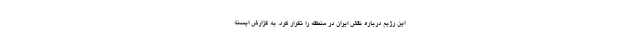
این رژیم درباره نقش ایران در منطقه را تکرار کرد. به گزارش ایسنا،